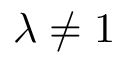
\lambda \neq 1